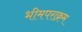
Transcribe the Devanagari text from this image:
भीमपराक्रम